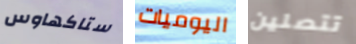
ستاكهاوس اليوميات تتصلين